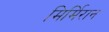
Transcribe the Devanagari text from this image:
मिर्मिरान